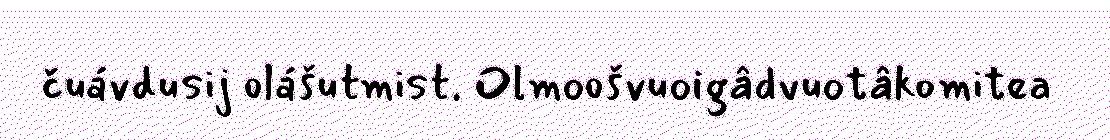
čuávdusij olášutmist. Olmoošvuoigâdvuotâkomitea